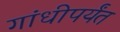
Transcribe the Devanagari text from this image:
गांधीपर्यंत